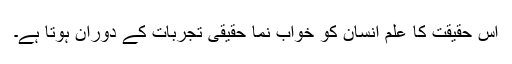
اس حقیقت کا علم انسان کو خواب نما حقیقی تجربات کے دوران ہوتا ہے۔